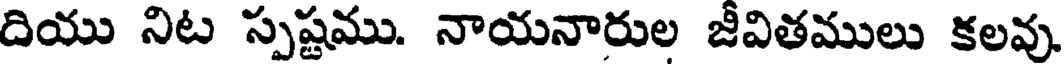
దియు నిట స్పష్టము. నాయనారుల జీవితములు కలవు